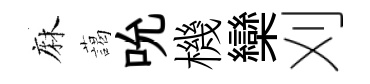
麻藹吮機欒刈